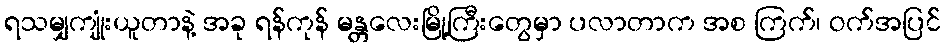
ရသမျှကျုံးယူတာနဲ့ အခု ရန်ကုန် မန္တလေးမြို့ကြီးတွေမှာ ပလာတာက အစ ကြက်၊ ဝက်အပြင်